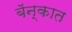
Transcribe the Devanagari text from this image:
बॅन्कात